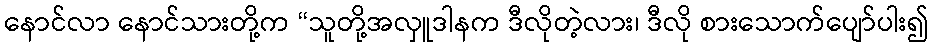
နောင်လာ နောင်သားတို့က “သူတို့အလှူဒါနက ဒီလိုတဲ့လား၊ ဒီလို စားသောက်ပျော်ပါး၍